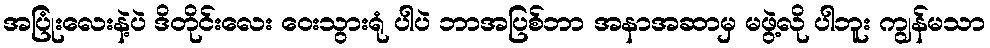
အပြုံးလေးနဲ့ပဲ ဒိတိုင်းလေး ဝေးသွားရုံ ပါပဲ ဘာအပြစ်ဘာ အနာအဆာမှ မဖွဲ့လို ပါဘူး ကျွန်မသာ